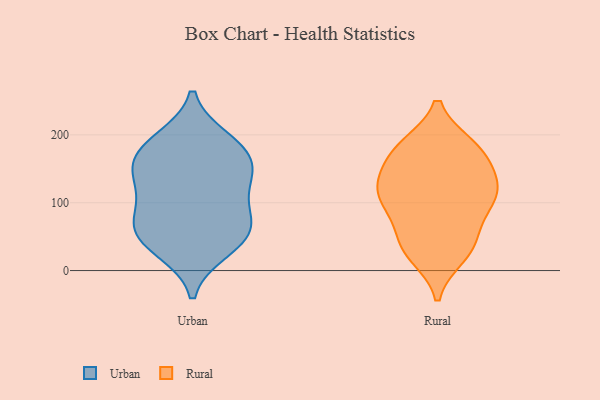
{"axis": {"x": "Energy Usage (MWh)", "y": "Value"}, "legend": ["Rural", "Urban"], "data": [{"x": "", "y": 179, "type": "Urban"}, {"x": "", "y": 58, "type": "Urban"}, {"x": "", "y": 66, "type": "Urban"}, {"x": "", "y": 191, "type": "Urban"}, {"x": "", "y": 32, "type": "Urban"}, {"x": "", "y": 175, "type": "Urban"}, {"x": "", "y": 104, "type": "Urban"}, {"x": "", "y": 45, "type": "Urban"}, {"x": "", "y": 133, "type": "Urban"}, {"x": "", "y": 72, "type": "Urban"}, {"x": "", "y": 138, "type": "Urban"}, {"x": "", "y": 153, "type": "Urban"}, {"x": "", "y": 183, "type": "Rural"}, {"x": "", "y": 148, "type": "Rural"}, {"x": "", "y": 32, "type": "Rural"}, {"x": "", "y": 181, "type": "Rural"}, {"x": "", "y": 105, "type": "Rural"}, {"x": "", "y": 180, "type": "Rural"}, {"x": "", "y": 116, "type": "Rural"}, {"x": "", "y": 23, "type": "Rural"}, {"x": "", "y": 36, "type": "Rural"}, {"x": "", "y": 172, "type": "Rural"}, {"x": "", "y": 46, "type": "Rural"}, {"x": "", "y": 89, "type": "Rural"}, {"x": "", "y": 123, "type": "Rural"}, {"x": "", "y": 127, "type": "Rural"}, {"x": "", "y": 85, "type": "Rural"}, {"x": "", "y": 120, "type": "Rural"}]}